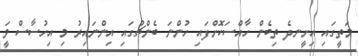
މަތީގައި އިށީނދެ ތިބެން ހާއްސަކޮށްފައި ހުންނަ ބެންޗުގައި އިންނައިރު މި އިހުސާސް ވަީ